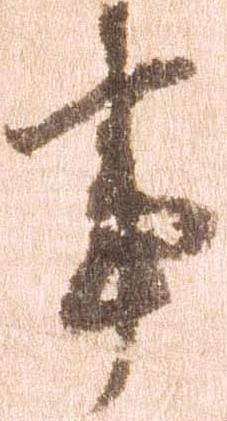
事